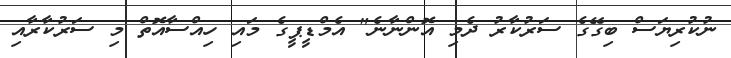
ނުކުރިޔަސް ބިގޭގެ ސަރުކާރު ދެމި އޮންނާނެ" އެމްޑީޕީގެ މައި ހިއްސާއޮތް މި ސަރުކާރާއި